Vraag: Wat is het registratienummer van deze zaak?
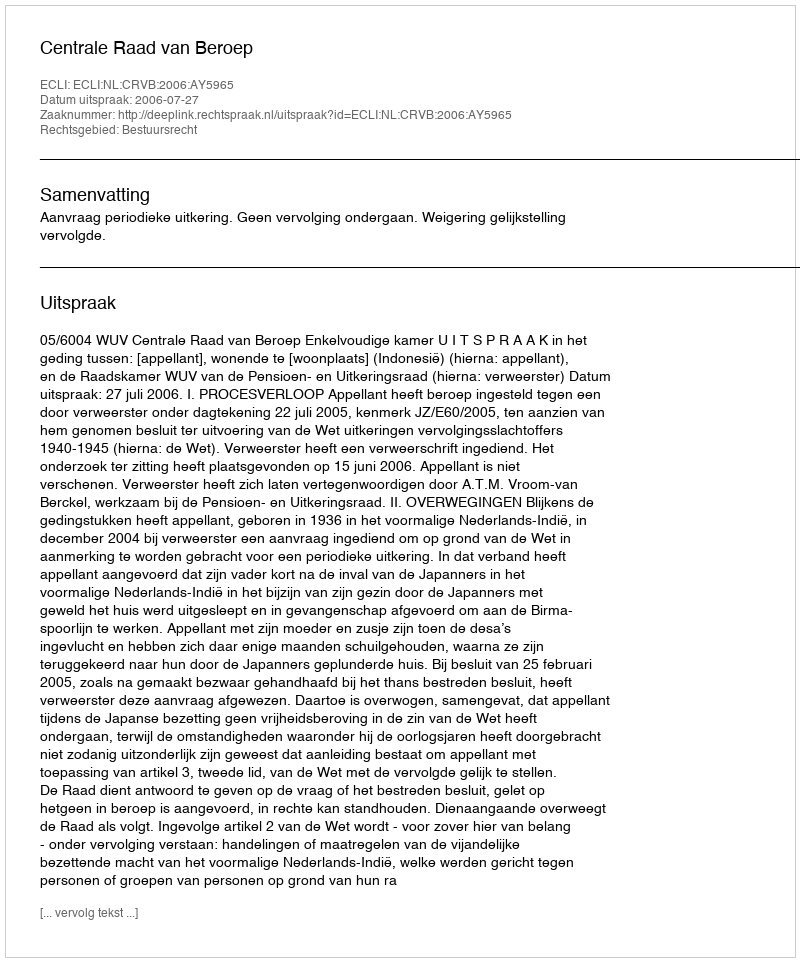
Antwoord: http://deeplink.rechtspraak.nl/uitspraak?id=ECLI:NL:CRVB:2006:AY5965